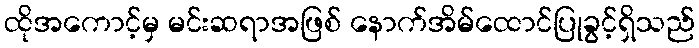
ထိုအကောင့်မှ မင်းဆရာအဖြစ် နောက်အိမ်ထောင်ပြုခွင့်ရှိသည်